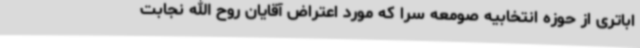
اباتری از حوزه انتخابیه صومعه سرا که مورد اعتراض آقایان روح الله نجابت